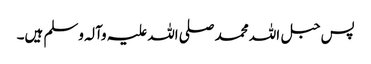
پس حبل اللہ محمد صلی اللہ علیہ وآلہ وسلم ہیں۔